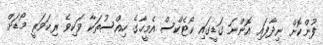
ފުންކޮށް ނިދާފައި އޮންނަ ގަޑީގައި ކޯޓެކްސް އެމީހާގެ ހިއްސުތަކާ ވަކިވެ ރިކަވަރީ މޯޑަށް